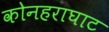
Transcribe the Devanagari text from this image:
कोनहराघाट